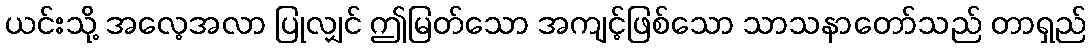
ယင်းသို့ အလေ့အလာ ပြုလျှင် ဤမြတ်သော အကျင့်ဖြစ်သော သာသနာတော်သည် တာရှည်